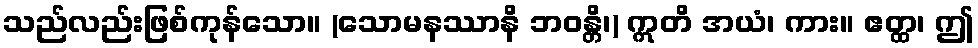
သည်လည်းဖြစ်ကုန်သော။ (သောမနဿာနိ ဘဝန္တိ၊) ဣတိ အယံ၊ ကား။ ဧတ္ထ၊ ဤ